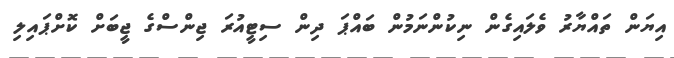
އިޔަން ތައްޔާރު ވެލައިގެން ނިކުންނަމުން ބައްޕަ ދިން ސިޓީއުރަ ޖިންސްގެ ޖީބަށް ކޮށްޕައިލި